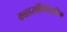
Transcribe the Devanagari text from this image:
कन्नडसांधिविग्रहिक